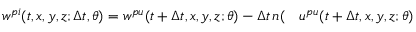
\begin{array} { r l } { w ^ { p i } ( t , x , y , z ; \Delta t , \theta ) = w ^ { p u } ( t + \Delta t , x , y , z ; \theta ) - \Delta t \, n ( } & { { } u ^ { p u } ( t + \Delta t , x , y , z ; \theta ) } \end{array}